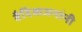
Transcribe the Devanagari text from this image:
वैदिकजनांनी